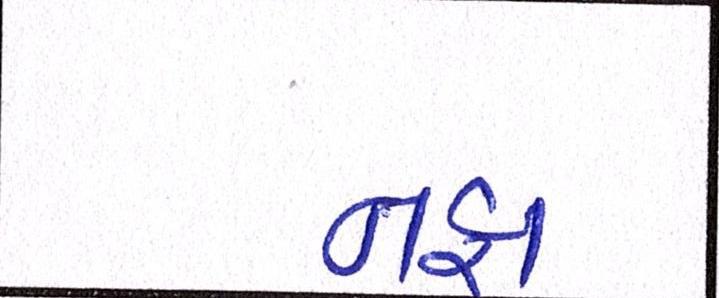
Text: નફા